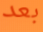
بعد